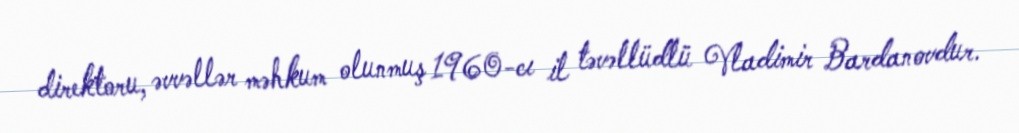
direktoru, əvvəllər məhkum olunmuş 1960-cı il təvəllüdlü Vladimir Bardanovdur.